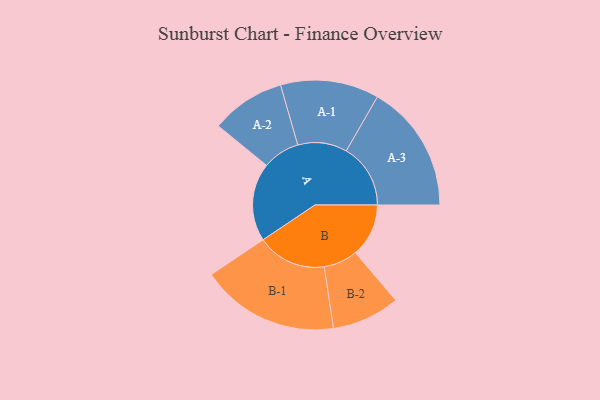
{"axis": {"x": "Segment", "y": "Value"}, "legend": ["", "A", "B"], "data": [{"x": "A", "y": 297, "type": ""}, {"x": "B", "y": 202, "type": ""}, {"x": "A-1", "y": 187, "type": "A"}, {"x": "A-2", "y": 141, "type": "A"}, {"x": "A-3", "y": 244, "type": "A"}, {"x": "B-1", "y": 263, "type": "B"}, {"x": "B-2", "y": 129, "type": "B"}]}